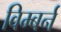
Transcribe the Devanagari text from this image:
विम्बर्न